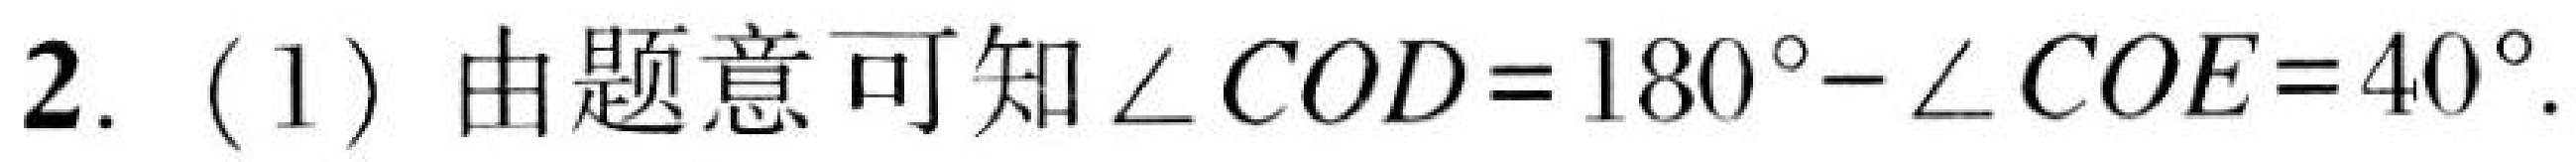
2. (1) 由题意可知\(\angle COD = 180^{\circ}-\angle COE = 40^{\circ}\).